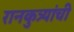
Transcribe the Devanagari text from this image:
रानकुत्र्यांची